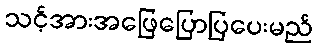
သင့်အားအဖြေပြောပြပေးမည်